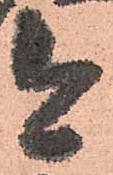
今